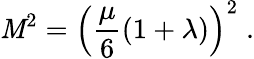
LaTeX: \mathit{M}^{2}=\left({\frac{{\mu}}{{6}}}(1+\lambda)\right)^{2}\; .